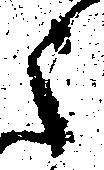
之